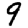
Digit: 9